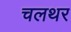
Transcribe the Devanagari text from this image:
चलथर